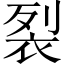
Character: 裂